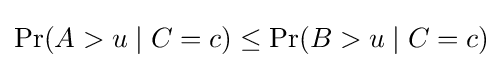
\Pr(A>u\mid C=c)\leq \Pr(B>u\mid C=c)